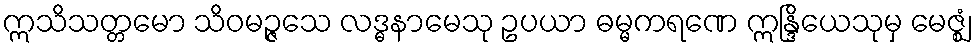
ဣသိသတ္တမော သိဝမဉ္ဇသေ လဒ္ဓနာမေသု ဥပယာ ဓမ္မကရဏေ ဣန္ဒြိယေသုမှ မေဇ္ဈံ